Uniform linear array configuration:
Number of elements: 32
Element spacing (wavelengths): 0.5
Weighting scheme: hamming
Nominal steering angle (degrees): -15
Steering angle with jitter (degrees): -13.91
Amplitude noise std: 0.05
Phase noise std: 0.05

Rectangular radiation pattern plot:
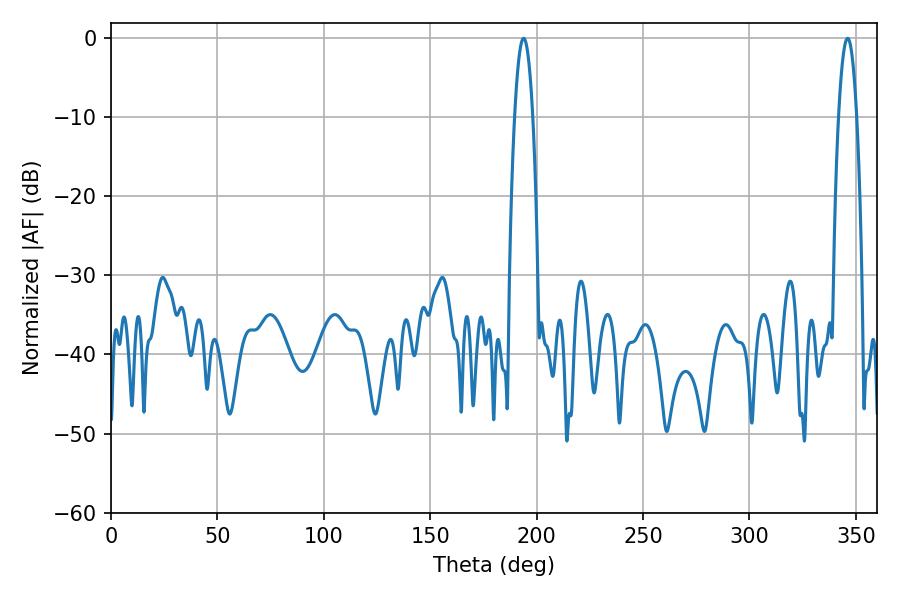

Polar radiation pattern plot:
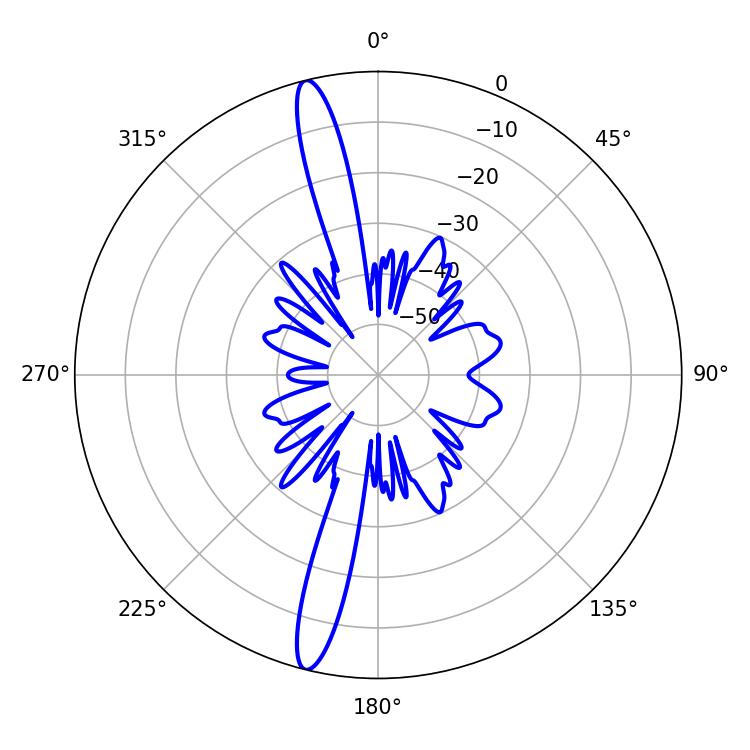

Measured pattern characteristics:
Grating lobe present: FALSE
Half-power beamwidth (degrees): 4.68
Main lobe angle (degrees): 193.86